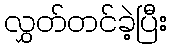
လွှတ်တင်ခဲ့ပြီး